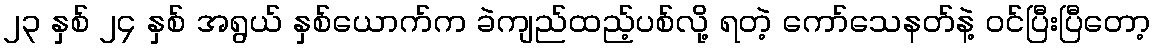
၂၃ နှစ် ၂၄ နှစ် အရွယ် နှစ်ယောက်က ခဲကျည်ထည့်ပစ်လို့ ရတဲ့ ကော်သေနတ်နဲ့ ဝင်ပြီးပြီတော့